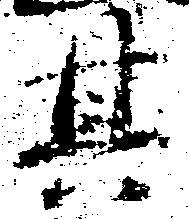
其